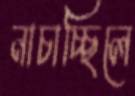
নাচাচ্ছিলে